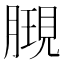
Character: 𣎔